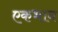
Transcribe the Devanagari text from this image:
एकभाव